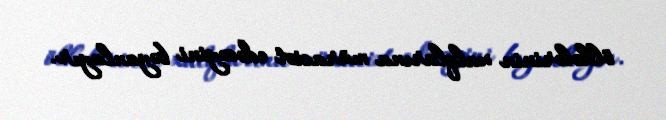
ölkələrinin xalqlarına müraciət edəcəyini bəyanlayır.